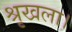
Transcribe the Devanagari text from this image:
श्रृखला।